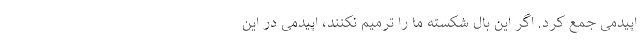
اپیدمی جمع کرد. اگر این بال شکسته ما را ترمیم نکنند، اپیدمی در این